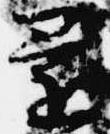
還